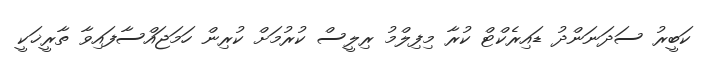
ކަބީރު ސަދަނަންދު ޑައިރެކްޓް ކުރާ މިފިލްމު ރިލީސް ކުރުމަށް ކުރިން ހަމަޖައްސާފައިވާ ތާރީޚަކީ